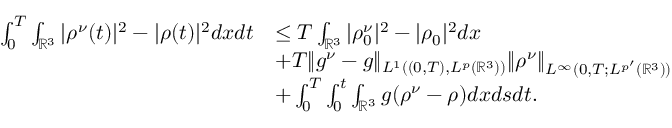
\begin{array} { r l } { \int _ { 0 } ^ { T } \int _ { \mathbb { R } ^ { 3 } } | \rho ^ { \nu } ( t ) | ^ { 2 } - | \rho ( t ) | ^ { 2 } d x d t } & { \leq T \int _ { \mathbb { R } ^ { 3 } } | \rho _ { 0 } ^ { \nu } | ^ { 2 } - | \rho _ { 0 } | ^ { 2 } d x } \\ & { + T \| g ^ { \nu } - g \| _ { L ^ { 1 } ( ( 0 , T ) , L ^ { { p } } ( \mathbb { R } ^ { 3 } ) ) } \| \rho ^ { \nu } \| _ { L ^ { \infty } ( 0 , T ; L ^ { { p } ^ { \prime } } ( \mathbb { R } ^ { 3 } ) ) } } \\ & { + \int _ { 0 } ^ { T } \int _ { 0 } ^ { t } \int _ { \mathbb { R } ^ { 3 } } g ( \rho ^ { \nu } - \rho ) d x d s d t . } \end{array}